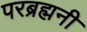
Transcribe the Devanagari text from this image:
परब्रह्मनी